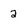
Character: 2